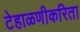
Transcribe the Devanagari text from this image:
टेहाळणीकरिता